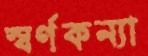
স্বর্ণকন্যা